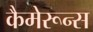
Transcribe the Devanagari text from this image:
कैमेरून्स